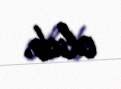
olub.